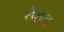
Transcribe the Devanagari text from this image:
रोज़स